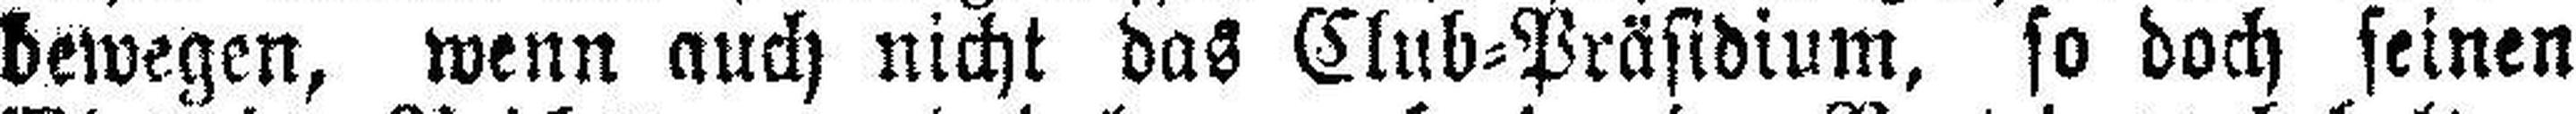
bewegen, wenn auch nicht das Club=Präsidium, so doch seinen